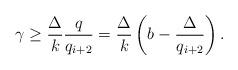
LaTeX: \begin{align*}{\gamma} \geq \frac{\Delta}{k} \frac{q}{q_{i+2}} = \frac{\Delta}{k}\left(b- \frac{\Delta}{q_{i+2}}\right).\end{align*}